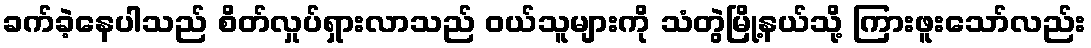
ခက်ခဲ့နေပါသည် စိတ်လှုပ်ရှားလာသည် ဝယ်သူများကို သံတွဲမြို့နယ်သို့ ကြားဖူးသော်လည်း